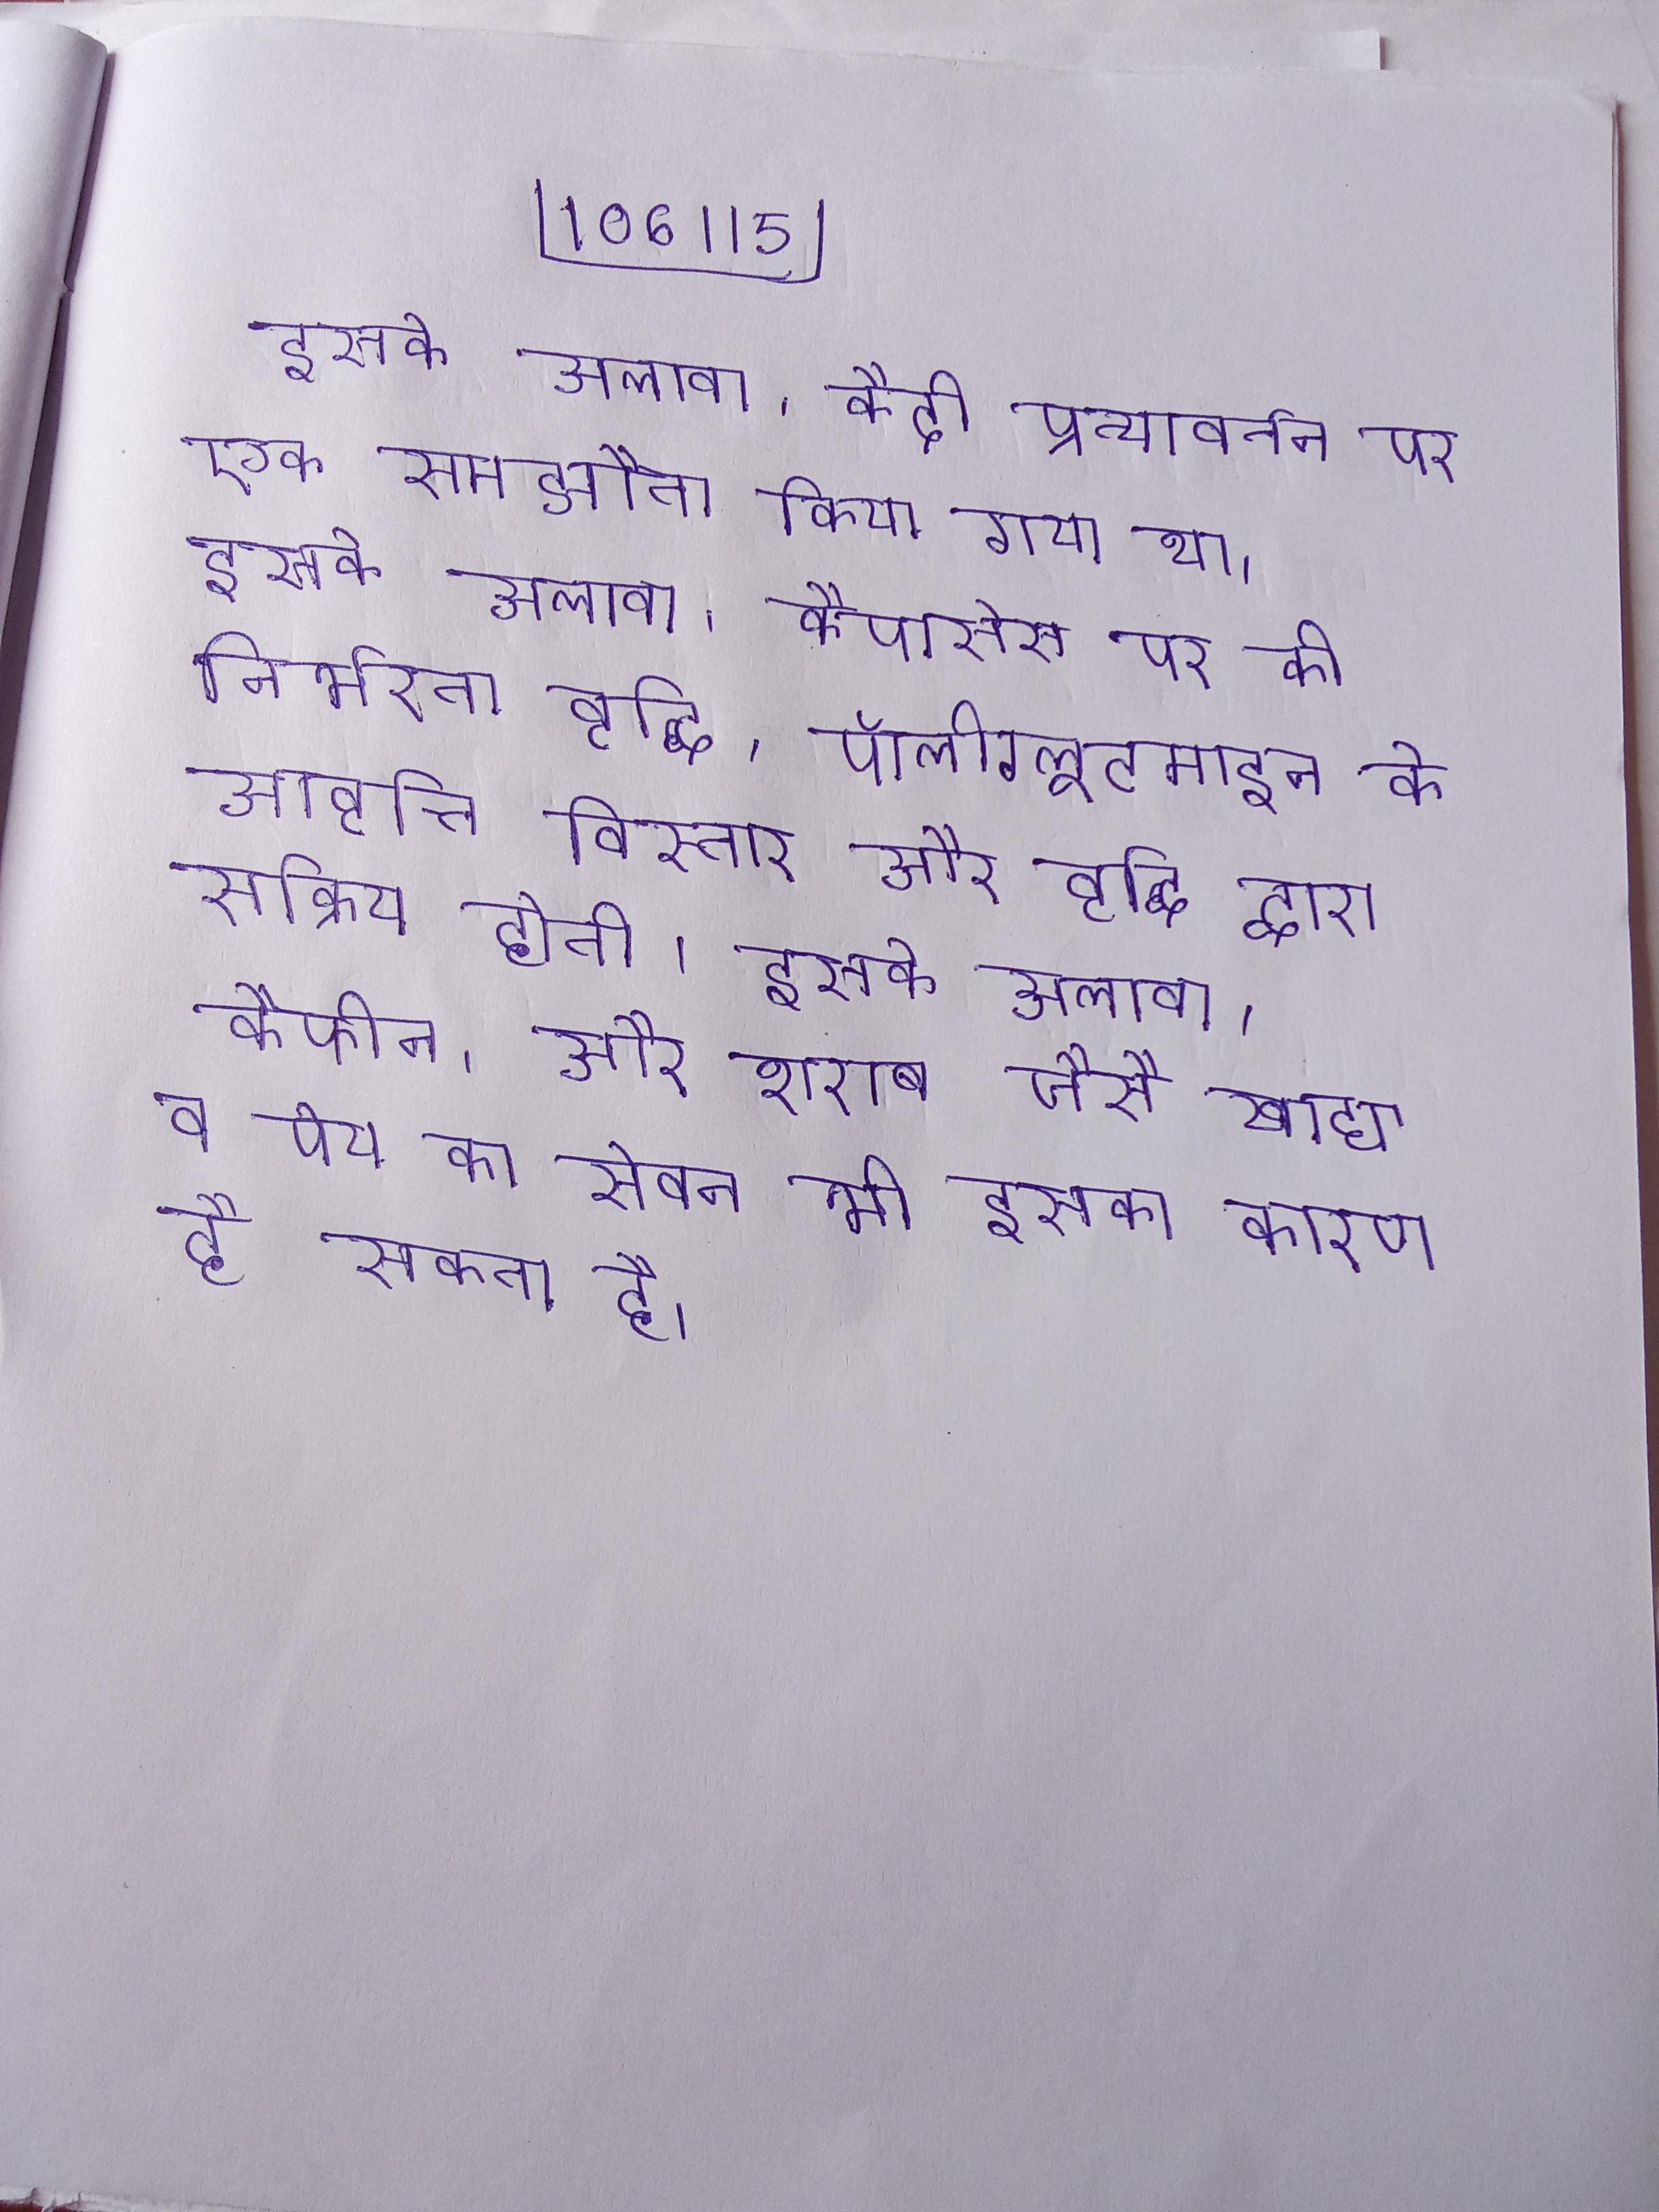
इसके अलावा, कैदी प्रत्यावर्तन पर एक समझौता किया गया था । इसके अलावा, कैपासेस पर की निर्भरता वृद्धि, पॉलीग्लूटमाइन के आवृत्ति विस्तार और वृद्धि द्वारा सक्रिय होती । इसके अलावा, कैफीन, और शराब जैसे खाद्य व पेय का सेवन भी इसका कारण हो सकता है ।